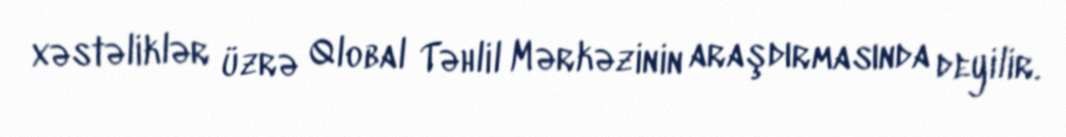
xəstəliklər üzrə Qlobal Təhlil Mərkəzinin araşdırmasında deyilir.